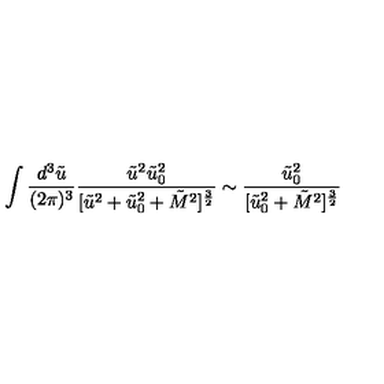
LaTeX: \int \frac { d ^ { 3 } \tilde { u } } { ( 2 \pi ) ^ { 3 } } \frac { \tilde { u } ^ { 2 } \tilde { u } _ { 0 } ^ { 2 } } { [ \tilde { u } ^ { 2 } + \tilde { u } _ { 0 } ^ { 2 } + \tilde { M } ^ { 2 } ] ^ { \frac { 3 } { 2 } } } \sim \frac { \tilde { u } _ { 0 } ^ { 2 } } { [ \tilde { u } _ { 0 } ^ { 2 } + \tilde { M } ^ { 2 } ] ^ { \frac { 3 } { 2 } } }